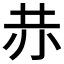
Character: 𧹘